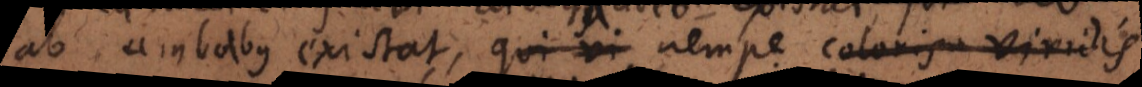
ab ambabus existat, qui vi nempe coloris viridis